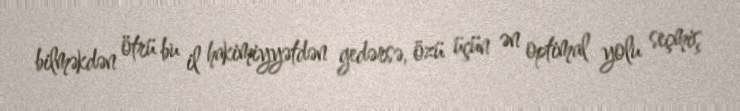
bilməkdən ötrü bu il hakimiyyətdən gedərsə, özü üçün ən optimal yolu seçmiş